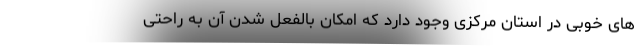
های خوبی در استان مرکزی وجود دارد که امکان بالفعل شدن آن به راحتی